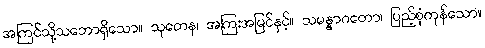
အကြင်သို့သဘောရှိသော။ သုတေန၊ အကြးအမြင်နှင့်။ သမန္နာဂတော၊ ပြည့်စုံကုန်သော။